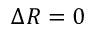
\Delta R = 0